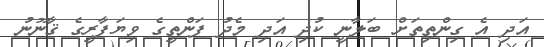
އަދި އެ ގިންތިތަށް ބަލާނީ ކުދި އަދި މެދު ފަންތީގެ ވިޔަފާރީގެ ޤާނޫނު